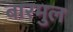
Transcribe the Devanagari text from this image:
बारमुल